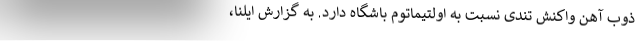
ذوب آهن واکنش تندی نسبت به اولتیماتوم باشگاه دارد. به گزارش ایلنا،